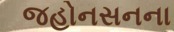
જહોનસનના